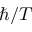
\hbar / T